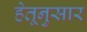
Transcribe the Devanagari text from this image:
हेतूनुसार